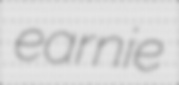
earnie